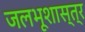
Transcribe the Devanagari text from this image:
जलभूशास्त्र